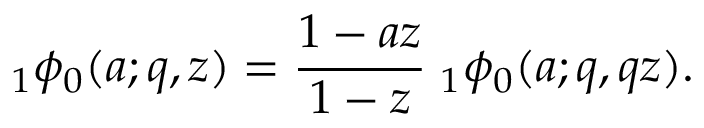
\; _ { 1 } \phi _ { 0 } ( a ; q , z ) = { \frac { 1 - a z } { 1 - z } } \; _ { 1 } \phi _ { 0 } ( a ; q , q z ) .